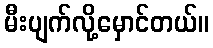
မီးပျက်လို့မှောင်တယ်။